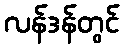
လန်ဒန်တွင်